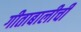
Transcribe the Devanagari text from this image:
गीताबालीची